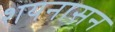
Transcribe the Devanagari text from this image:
शयनासन